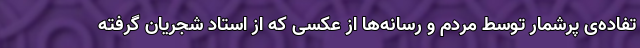
تفاده‌ی پرشمار توسط مردم و رسانه‌ها از عکسی که از استاد شجریان گرفته